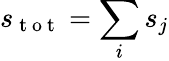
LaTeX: s_{\mathrm{~t~o~t~}}=\sum_{i}s_{j}